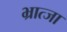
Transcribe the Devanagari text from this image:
भ्रात्जा